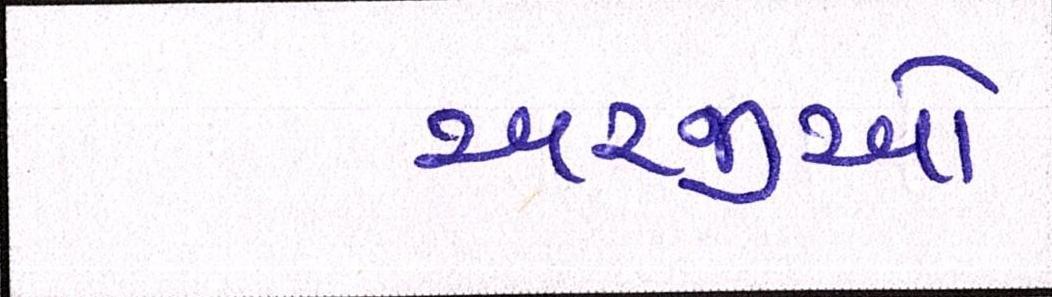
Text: અરજીઓ